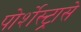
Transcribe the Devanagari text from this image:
पोर्शेस्ट्रासे